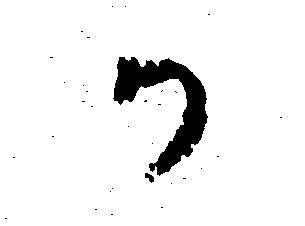
か